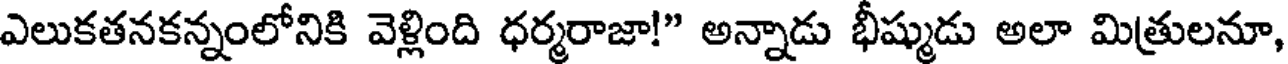
ఎలుకతనకన్నంలోనికి వెళ్లింది ధర్మరాజా!" అన్నాడు భీష్ముడు అలా మిత్రులనూ,